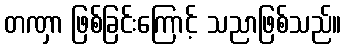
တဏှာ ဖြစ်ခြင်းကြောင့် သညာဖြစ်သည်။